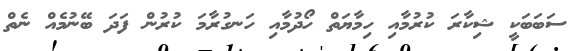
ސަބަބަކީ ޝިކާރަ ކުރުމާއި ހިމާޔަތް ހޯދުމާއި ހަނގުރާމަ ކުރުން ފަދަ ބޭނުމެއް ނެތް